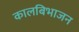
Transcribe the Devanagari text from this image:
कालबिभाजन